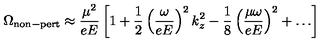
\Omega _ { \mathrm { n o n - p e r t } } \approx \frac { \mu ^ { 2 } } { e E } \left[ 1 + \frac { 1 } { 2 } \left( \frac { \omega } { e E } \right) ^ { 2 } k _ { z } ^ { 2 } - \frac { 1 } { 8 } \left( \frac { \mu \omega } { e E } \right) ^ { 2 } + \dots \right]